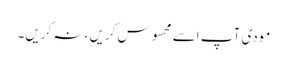
مودی آپ اسے محسوس کریں ،نہ کریں۔